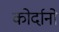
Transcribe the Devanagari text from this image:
कोर्दानो